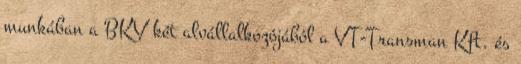
munkában a BKV két alvállalkozójából a VT-Transman Kft. és